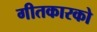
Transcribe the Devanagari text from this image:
गीतकारको